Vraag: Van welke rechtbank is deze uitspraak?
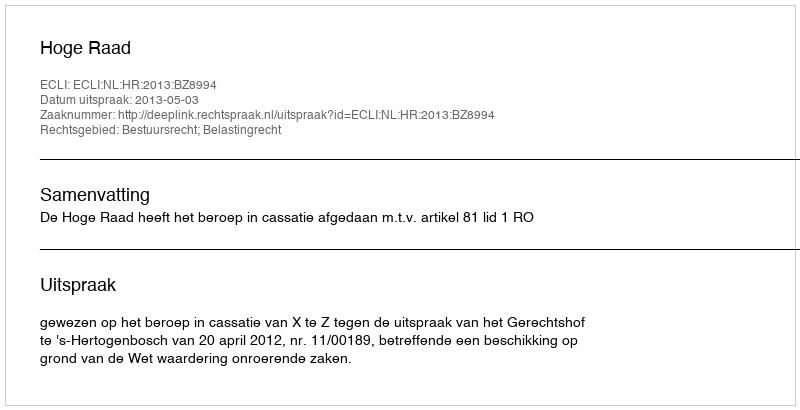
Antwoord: Hoge Raad